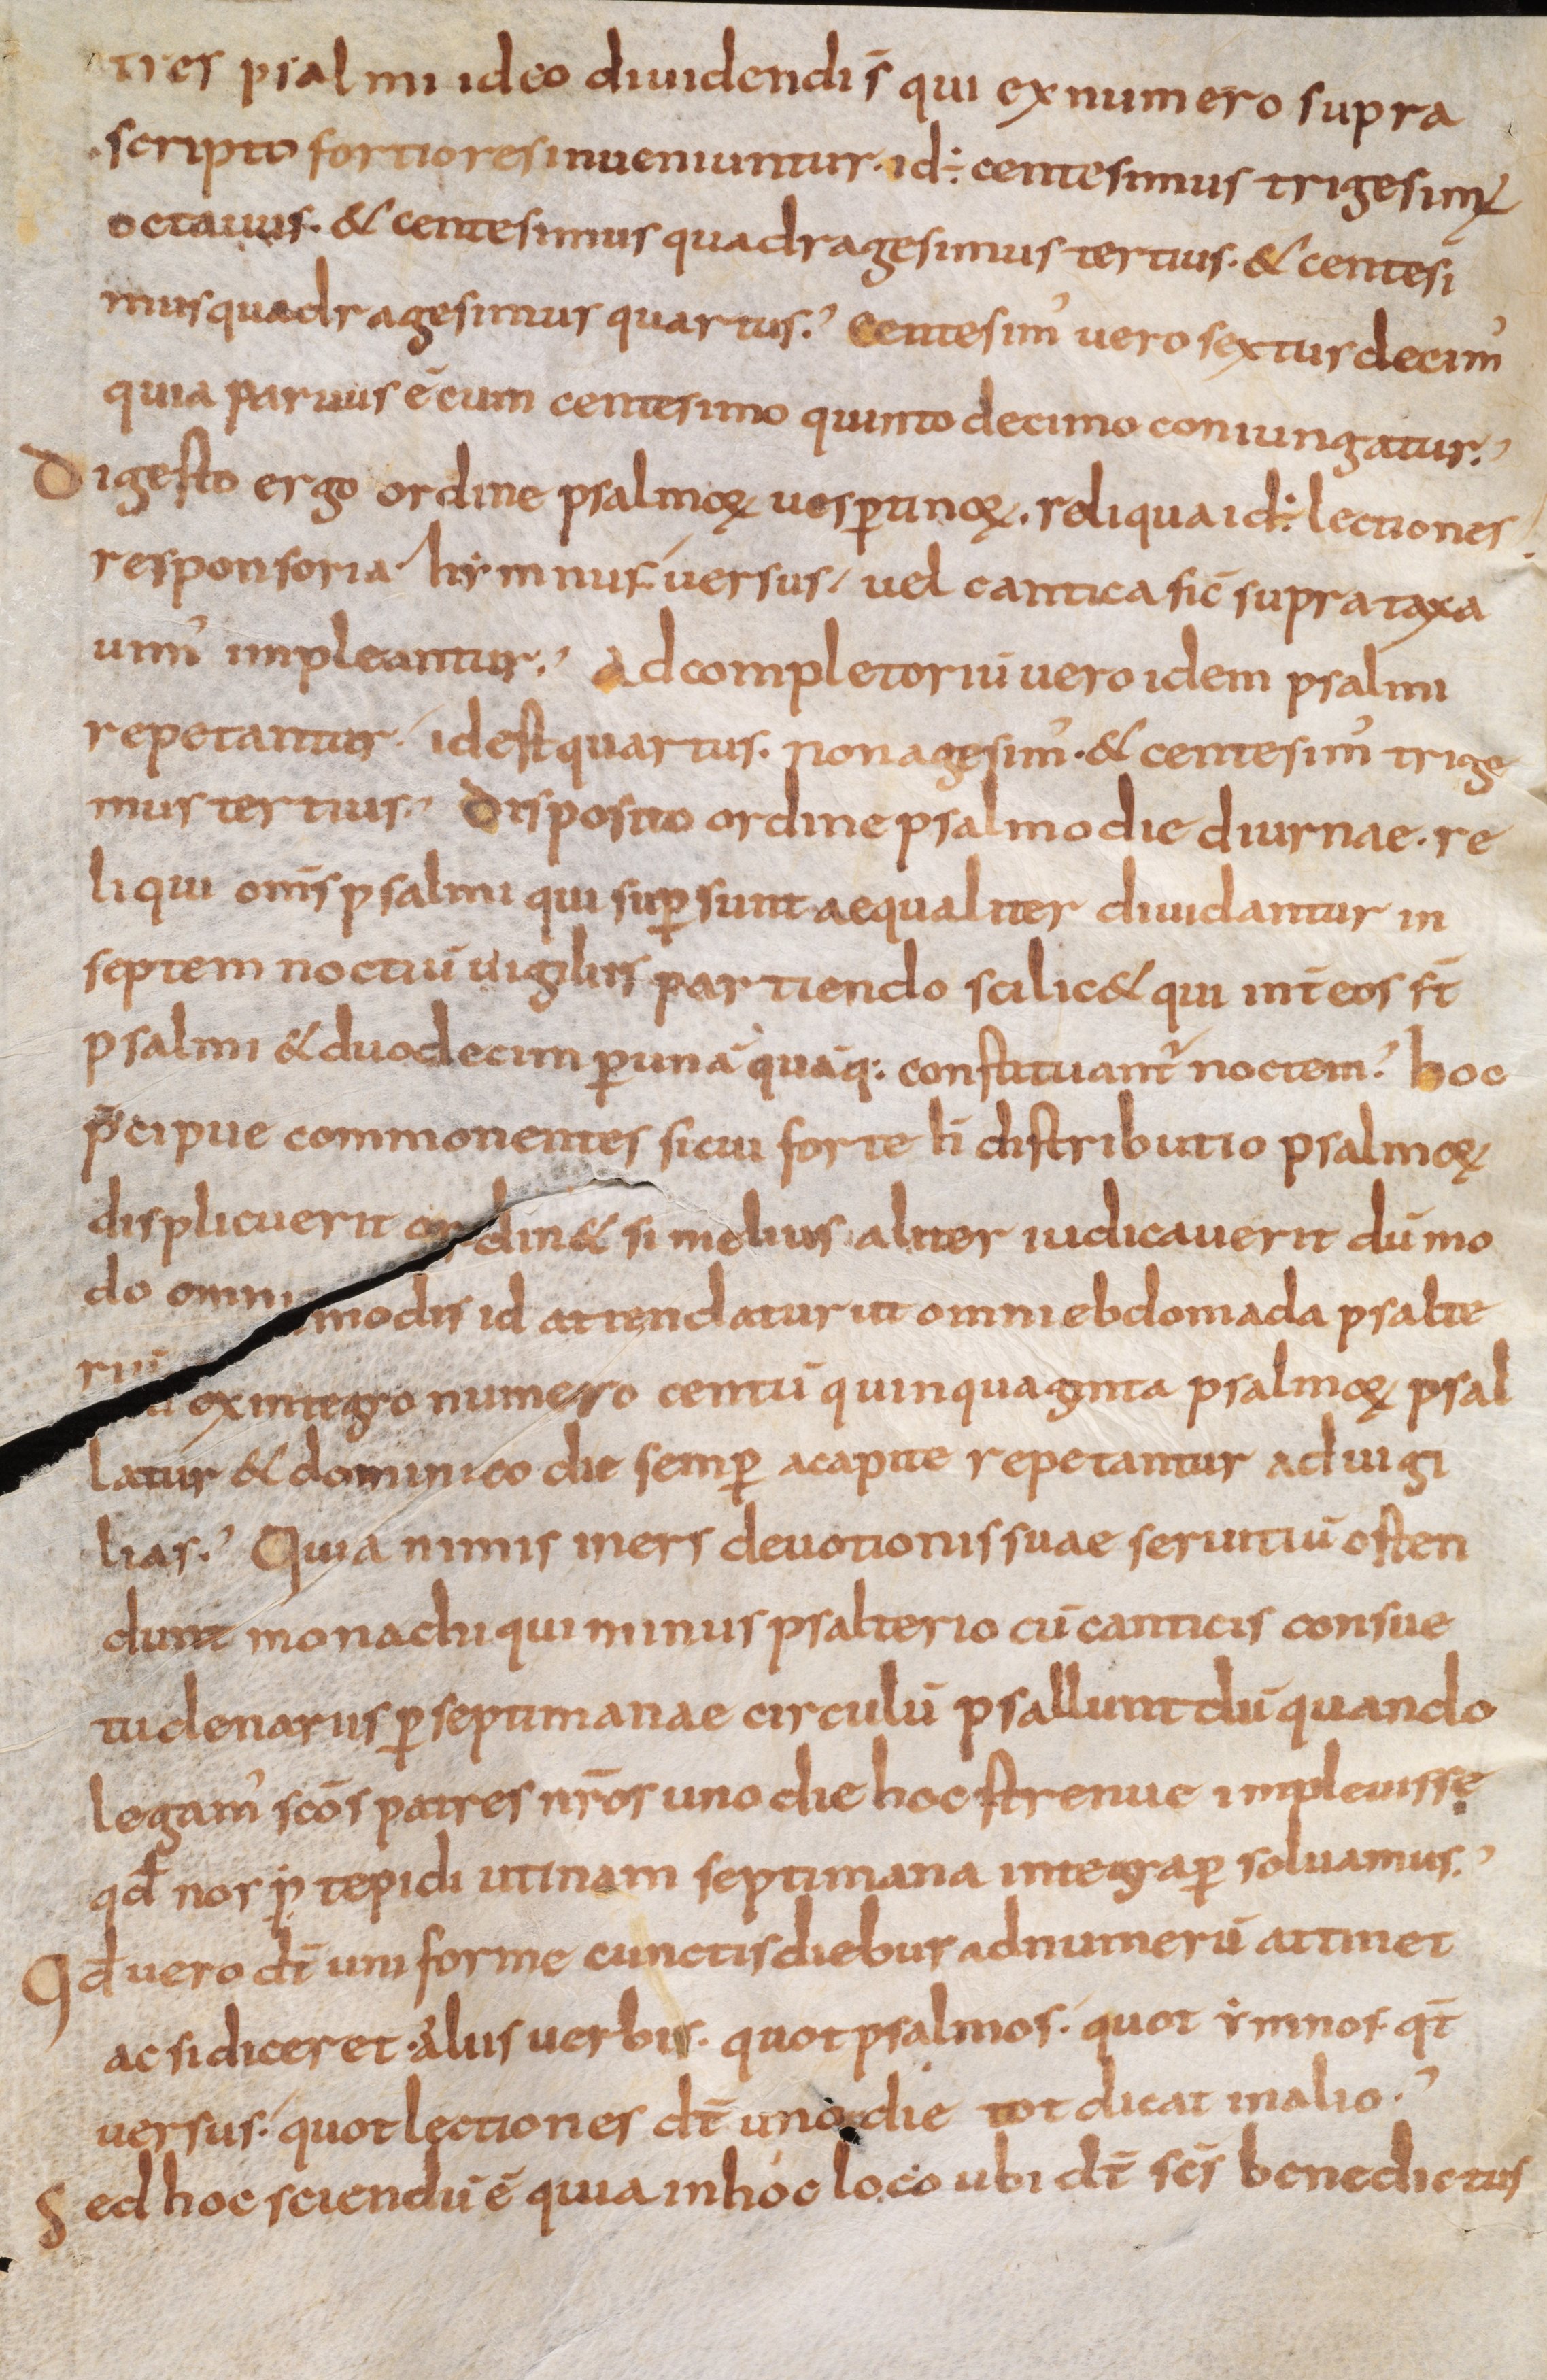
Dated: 800–899